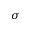
\sigma